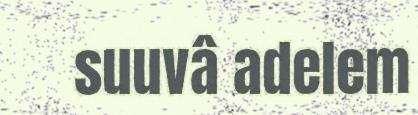
suuvâ adelem